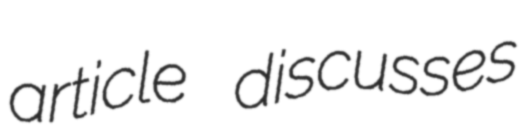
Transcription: article discusses